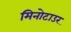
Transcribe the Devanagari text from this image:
मिनोटाउर